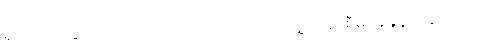
မူဝါဒ ပိုင်းဆိုင်ရာ ပြုပြင်ပြောင်းလဲရေး၊ ပြည်သူ့ဘဏ္ဍ စီမံခန့်ခွဲမှုတွေ၊ သဘာဝ